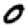
Digit: 0